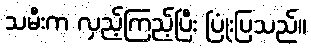
သမီးက လှည့်ကြည့်ပြီး ပြုံးပြသည်။